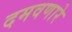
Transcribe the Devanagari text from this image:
दमवणारे